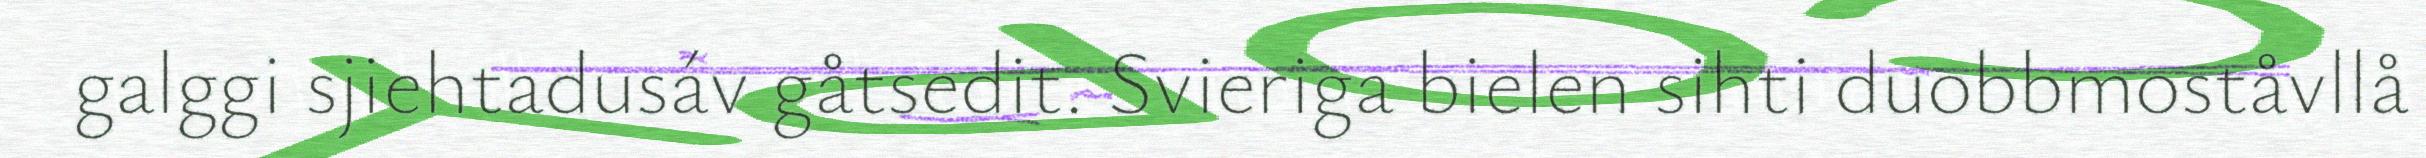
galggi sjiehtadusáv gåtsedit. Svieriga bielen sihti duobbmoståvllå